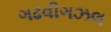
ગઢવીગઝલ